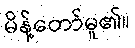
မိန့်တော်မူ၏။